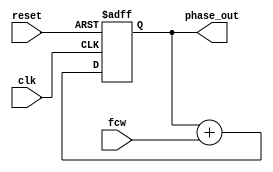
module phase_accumulator (
    input wire clk,
    input wire reset,
    input wire [31:0] fcw, // Frequency Control Word
    output reg [31:0] phase_out
);
    always @(posedge clk or posedge reset) begin
        if (reset)
            phase_out <= 32'b0;
        else
            phase_out <= phase_out + fcw; // Increment phase by FCW
    end
endmodule